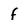
Character: f